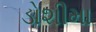
ડોશીમા